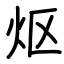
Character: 𬉼